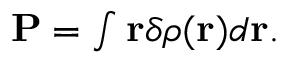
\begin{array} { r } { { \bf \delta P } = \int \mathbf r \delta \rho ( \mathbf r ) d \mathbf r . } \end{array}